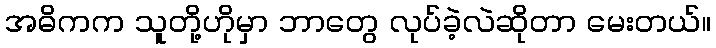
အဓိကက သူတို့ဟိုမှာ ဘာတွေ လုပ်ခဲ့လဲဆိုတာ မေးတယ်။